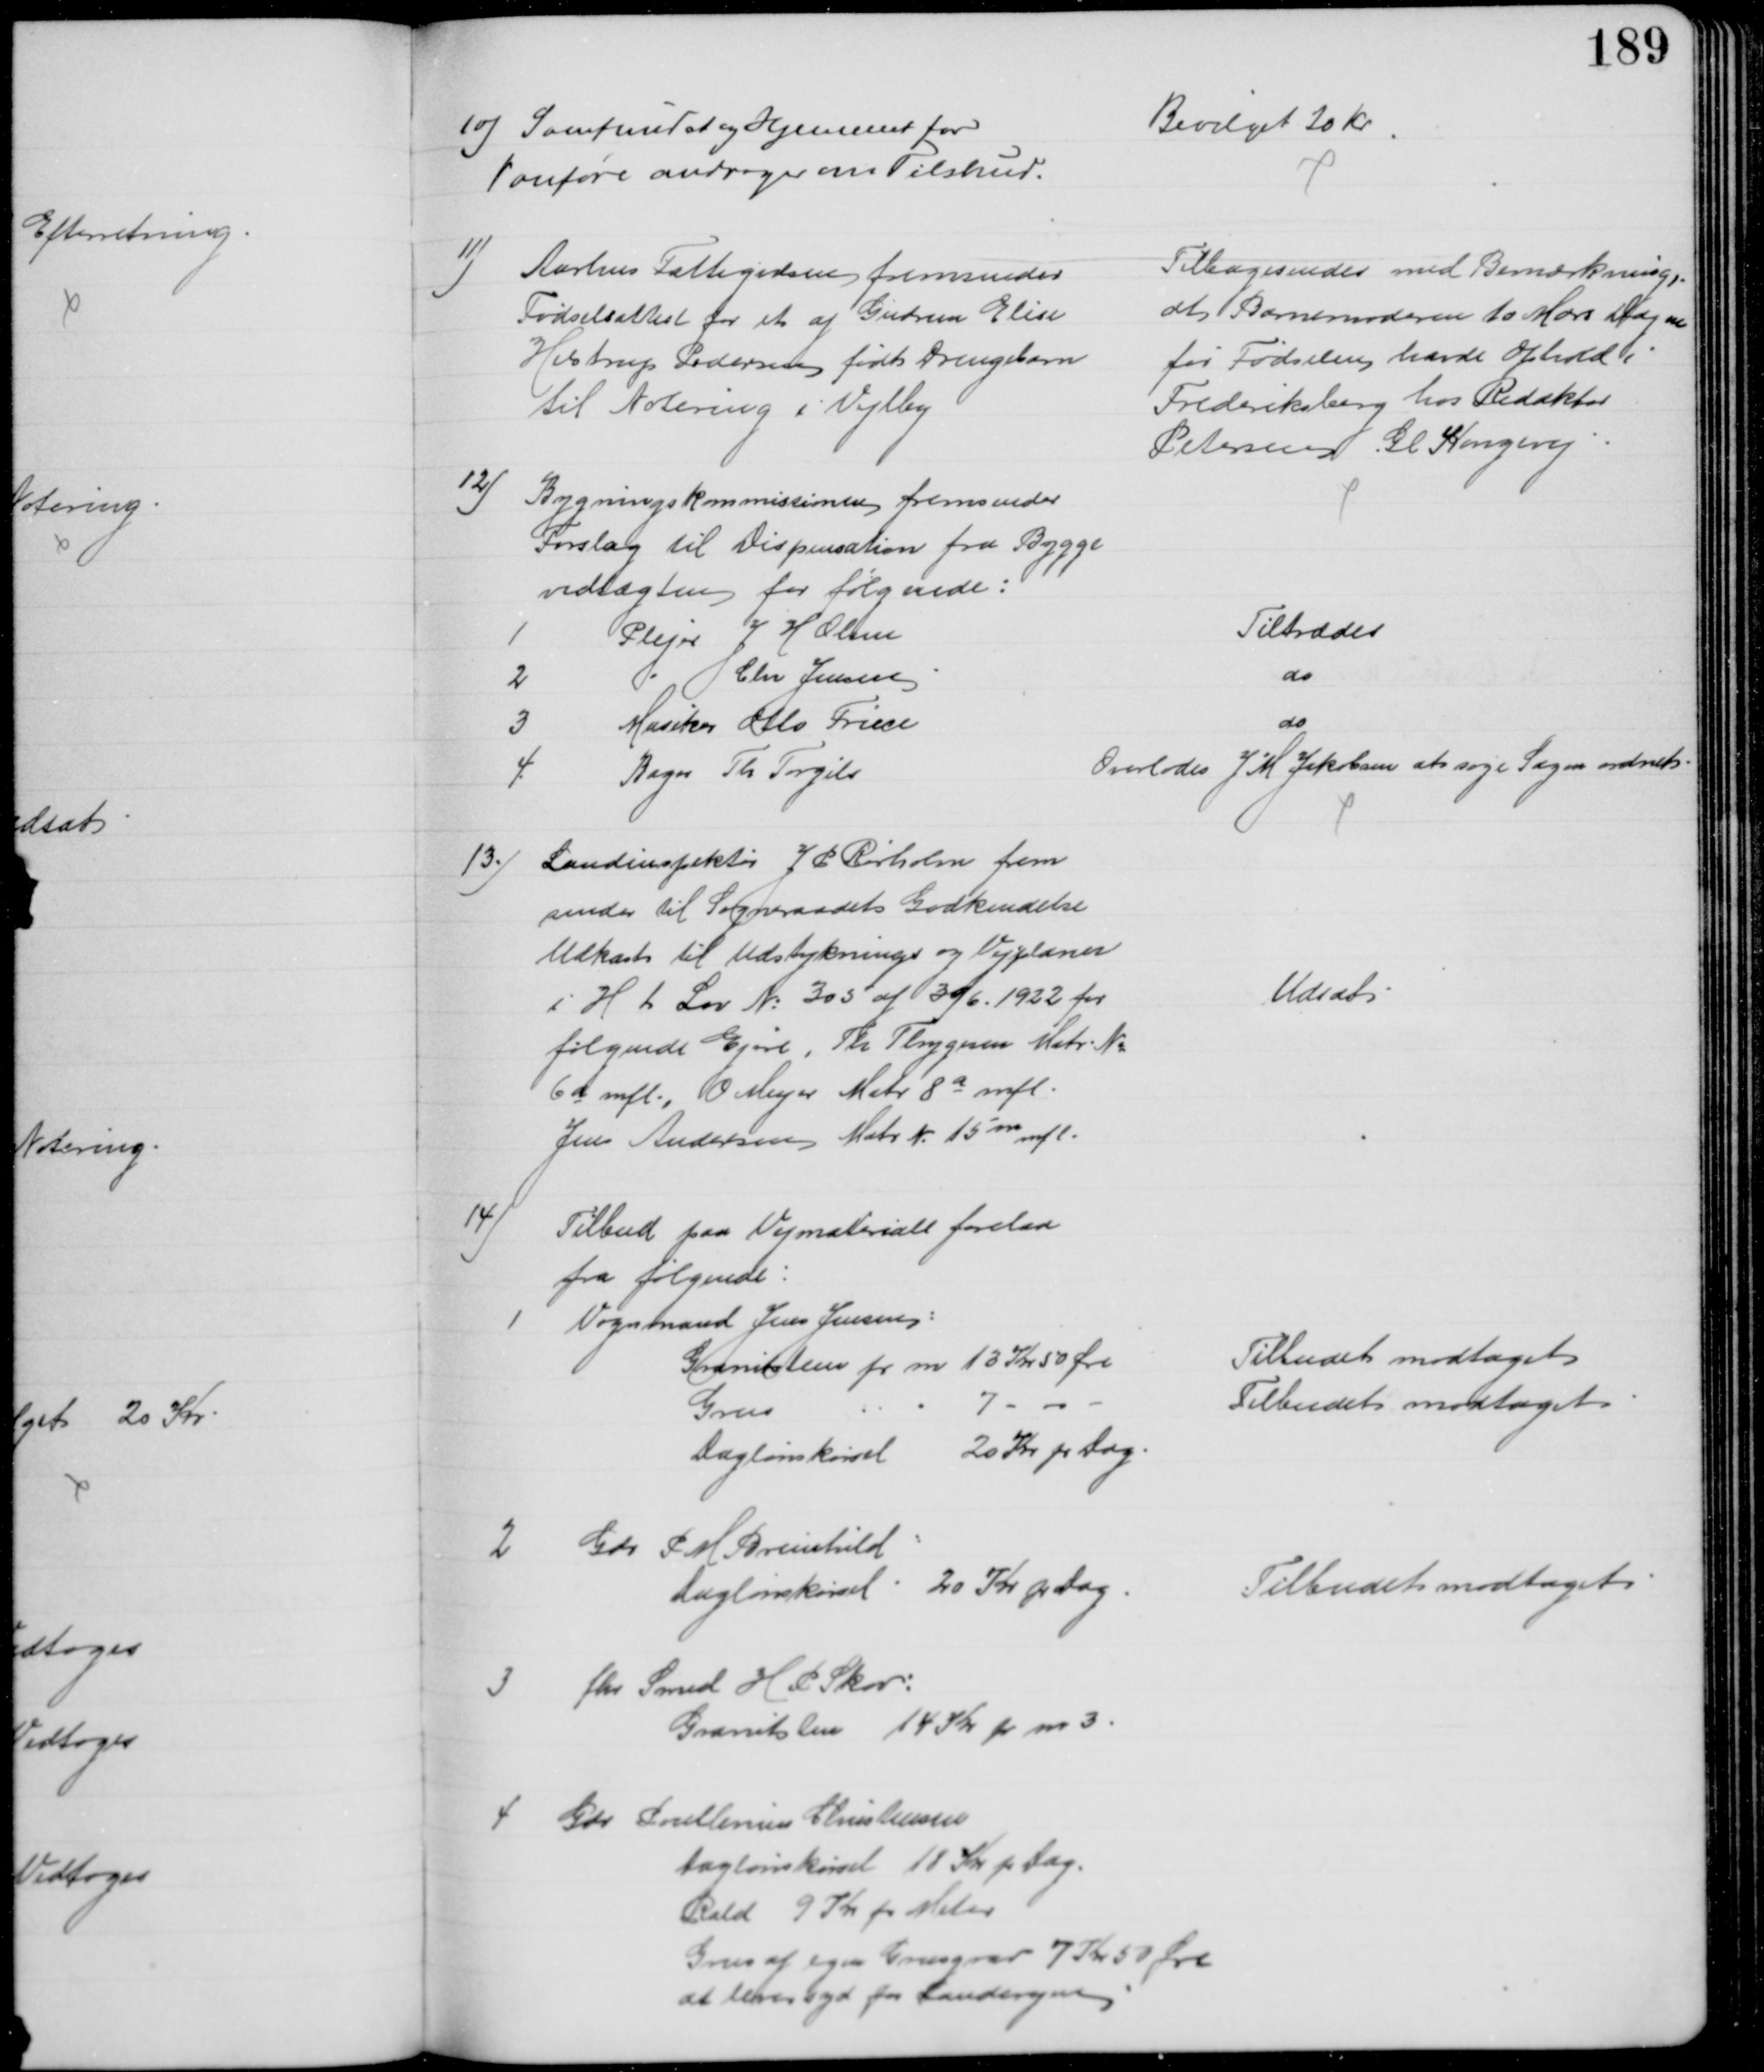
Transskription:
10) Samfundet og Hjemmet for
Vanføre andrager om Tilskud.
Bevilget 20 Kr
11)
Aarhus Fattigvæsen fremsender
Fødselsattest for et af Gudrun Elise
Helstrup Pedersen født Drengebarn
til Notering i Vejlby
Tilbagesendes med Bemærkning,
at Barnemoderen 10 Mdr Dagen
for Fødselen havde Ophold i
Frederiksberg hos Redaktør
Petersen, Gl. Kongevej
12)
Bygningskommissionen fremsender
Forslag til Dispensation fra Bygge
vedtægten for følgende:
1
Plejer J H Olsen
Tiltrædes
2
Chr Jensen
do
3
Musiker Otto Friece
do
4
Bager Th Torgils
Overlodes J M Jakobsen at søge Sagen ordnet
13.) Landinspektør J P Rørholm frem
sender til Sogneraadets Godkendelse
Udkast til Udstyknings og Vejplaner
i H t Lov № 305 af 30/6 1922 for
følgende Ejere, Th Thygesen Matr. №
6a mfl., O. Meyer Matr. 8a mfl.
Jens Andersen Matr. № 15m mfl.
Udsat
14)
Tilbud paa Vejmateriale forelaa
fra følgende:
1
Vognmand Jens Jensen:
Granitsten pr m 13 Kr 50 Øre
Tilbudet modtaget
Grus
7
Tilbudet modtaget
Daglønskørsel
20 Kr pr Dag
2 
Gdr. P. M. Breinhild
Daglønskørsel: 20 Kr pr dag
Tilbudet modtaget
3
fhv Smed H P Skov:
Granitsten 14 Kr pr m3
4 
Gdr Poullenius Christensen
Daglønskørsel 18 Kr pr Dag.
Rald 9 Kr pr Meter
Grus af egen Grusgrav 7 Kr 50 Øre
at lever syd for Landevejen